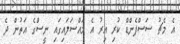
އެ މެޗު ސަސްޕެންޑް ކުރި އިރު އެ މައްސަލައިގައި ނީސްގެ އަތުން ދެ